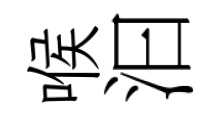
喉汩